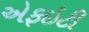
એફઇટી